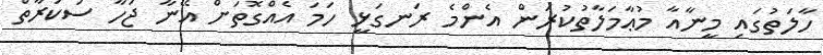
ހާލަތުގައި މީނާއާ މުޢާމަލާތުކުރަން އެންމެ ރަނގަޅީ ހަމަ އެއްގޮތަށް އޭނާ ޖަހާ ސަކަރާތް